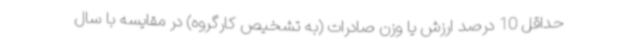
حداقل 10 درصد ارزش یا وزن صادرات (به تشخیص کارگروه) در مقایسه با سال